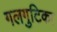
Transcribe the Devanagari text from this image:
गलगुटिका